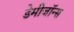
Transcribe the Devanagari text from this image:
डेमीजॉन्स